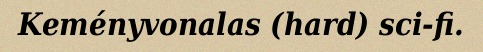
Keményvonalas (hard) sci-fi.